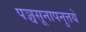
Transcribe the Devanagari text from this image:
पञ्चसूनापनुत्तये